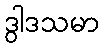
ဒွါဒသမာ